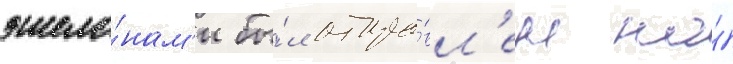
эшело́нам'и бы́л отпра́вл'ен на́